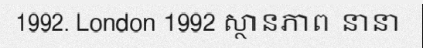
1992. London 1992 ស្ថានភាព នានា